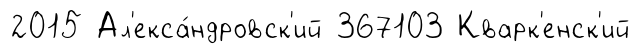
2015 Ал'екса́ндровск'ий 367103 Кварк'енск'ий